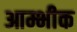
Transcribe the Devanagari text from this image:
आम्भीक